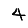
Digit: 4